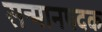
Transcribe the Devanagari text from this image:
सन्मानपदक